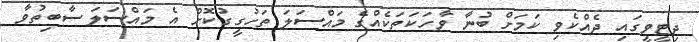
ދިޓީވީގައި ދެއްކެވި ކަމަށް ބުނާ ވާހަކަތަކެއްގެ މައްސަލަ ތަހުގީގުކޮށް އެ މައްސަލަ ސާބިތުވާ